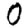
Digit: 0